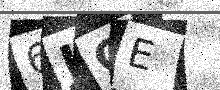
Text: 6JGE